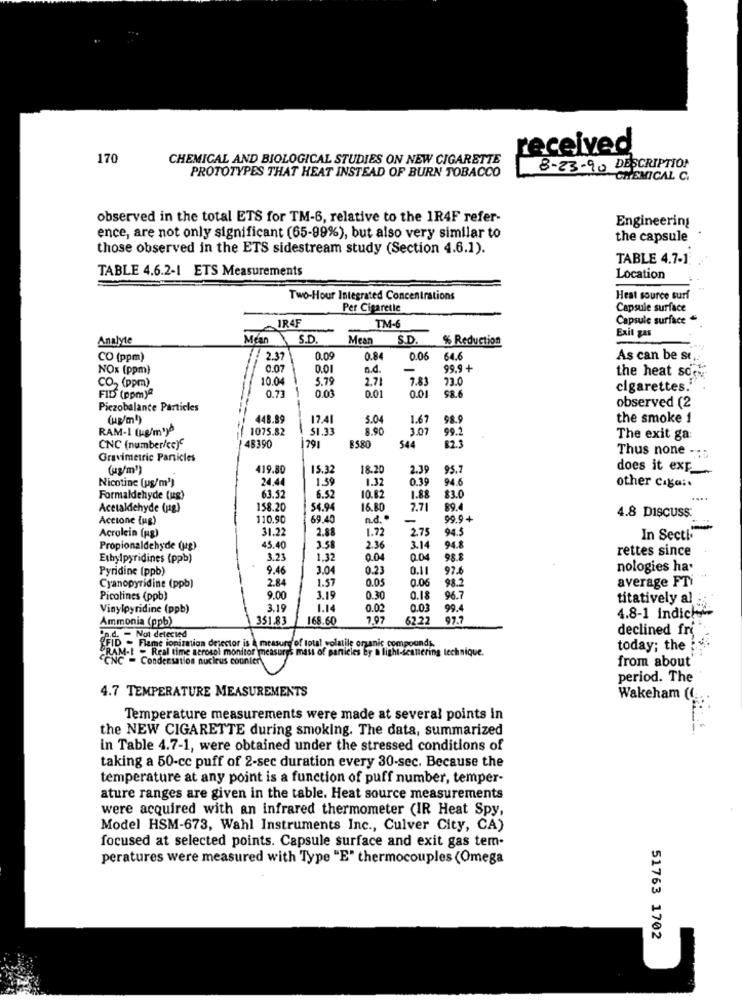
received
170
CHEMICAL AND BIOLOGICAL STUDIES ON NEW CIGARETTE
PROTOTYPES THAT HEAT INSTEAD OF BURN TOBACCO
8-23-90 DESCRIPTION
CHEMICAL C.
observed in the total ETS for TM-6, relative to the 1R4F refer-
Engineering
ence, are not only significant (65-99%), but also very similar to
the capsule
those observed in the ETS sidestream study (Section 4.6.1).
TABLE 4.7-1:
TABLE 4.6.2-1 ETS Measurements
Location
Two-Hour Integrated Concentrations
Heat source surf
Per Cigarette
Capsule surface
IR4
TM-6
Capsule surface
Exit gas
Analyte
Mean
S.D.
Mean
S.D.
% Reduction
CO (ppm)
2.37
0.09
0.84
0.06
64.6
As can be st
NOx (ppm)
0.01
n.d.
99.9+
the heat soon
10.04
5.79
2.71
7.83
73.0
CO2 (ppm)
0.73
0.03
0.01
0.01
cigarettes.'
FIDS (ppm)ª
98.6
Piczobalance Particles
observed (2
(ug/m!)
448.89
17.41
5.04
1.67
98.9
the smoke 1
RAM-1 (kg/m')^
1075.82
51.33
8.90
3.07
99.2
544
12.3
The exit ga
CNC (number/ce)
48390
291
B580
Thus none -::
Gravimetric Particles
(ug/m')
419.80
15.32
18.20
2.39
95.7
does it exp_
Nicotine [ug/m))
24.4
1.3
1.32
0.39
94.6
other Ciga:
Formaldehyde (ug)
63.5
6.52
10.82
1.88
83.0
Acetaldehyde (jag)
158.20
54.94
16.80
7.71
89.
Accione (ug)
110.90
69.40
n.d. .
99.9+
4.8 DISCUSS
Acrolein (pg)
31.22
2.88
1.72
2.75
94.5
In Sectio
Propionaldehyde (ag)
15.40
3.58
2.36
3.14
94.8
rettes since
Ethylpyridines (ppb)
3.23
1.32
0.04
98.8
Pyridine (ppb)
9.46
3.04
0.23
0.11
97.6
nologies ha'
2.84
1.57
0.05
0.06
98.2
average FTi
Cyanopyridine (ppb)
Picolines (ppb)
9.00
3.19
0.30
0.18
96.7
titatively al
Vinylpyridine (ppb)
3.19
1.14
0.02
0.03
99.4
Ammonia (ppb)
351.83
168.60
7.97
62.22
97.7
4.8-1 indich
p.d. - Not detected
declined fri
Flame ionizmion desector is a measure of total volatile organic compounds.
- Real time aerosol monitor measures mass of partiel
y & light-seatering technique.
today; the
Condensation nucleus counter
from about
period. The
4.7 TEMPERATURE MEASUREMENTS
Wakeham ((
Temperature measurements were made at several points in
the NEW CIGARETTE during smoking. The data, summarized
in Table 4.7-1, were obtained under the stressed conditions of
taking a 50-cc puff of 2-sec duration every 30-sec. Because the
temperature at any point is a function of puff number, temper-
ature ranges are given in the table. Heat source measurements
were acquired with an infrared thermometer (IR Heat Spy,
Model HSM-673, Wahl Instruments Inc ., Culver City, CA)
focused at selected points. Capsule surface and exit gas tem-
peratures were measured with Type "E" thermocouples (Omega
51763 1702